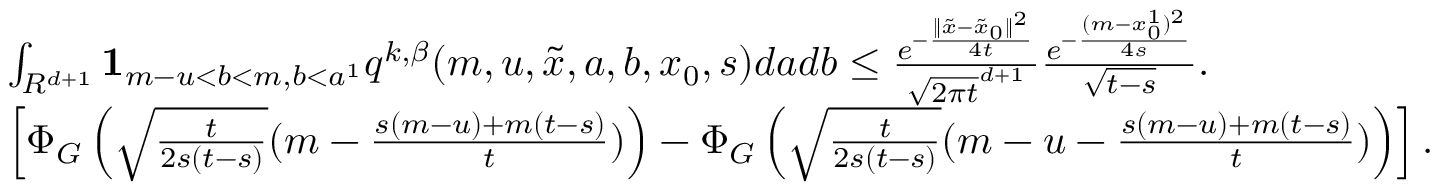
\begin{array} { r l } & { \int _ { R ^ { d + 1 } } { \mathbf 1 } _ { m - u < b < m , b < a ^ { 1 } } q ^ { k , \beta } ( m , u , \tilde { x } , a , b , x _ { 0 } , s ) d a d b \leq \frac { e ^ { - \frac { \| \tilde { x } - \tilde { x } _ { 0 } \| ^ { 2 } } { 4 t } } } { \sqrt { 2 \pi t } ^ { d + 1 } } \frac { e ^ { - \frac { ( m - x _ { 0 } ^ { 1 } ) ^ { 2 } } { 4 s } } } { \sqrt { t - s } } . } \\ & { \left[ \Phi _ { G } \left( \sqrt { \frac { t } { 2 s ( t - s ) } } ( m - \frac { s ( m - u ) + m ( t - s ) } { t } ) \right) - \Phi _ { G } \left( \sqrt { \frac { t } { 2 s ( t - s ) } } ( m - u - \frac { s ( m - u ) + m ( t - s ) } { t } ) \right) \right] . } \end{array}